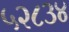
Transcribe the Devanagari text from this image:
५२८३४